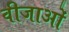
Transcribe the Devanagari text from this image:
वीजाओं